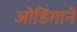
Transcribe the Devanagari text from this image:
ओडिंगाने